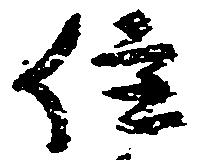
住